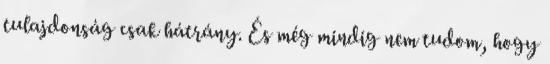
tulajdonság csak hátrány. És még mindig nem tudom, hogy